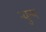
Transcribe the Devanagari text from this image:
न्युन्य